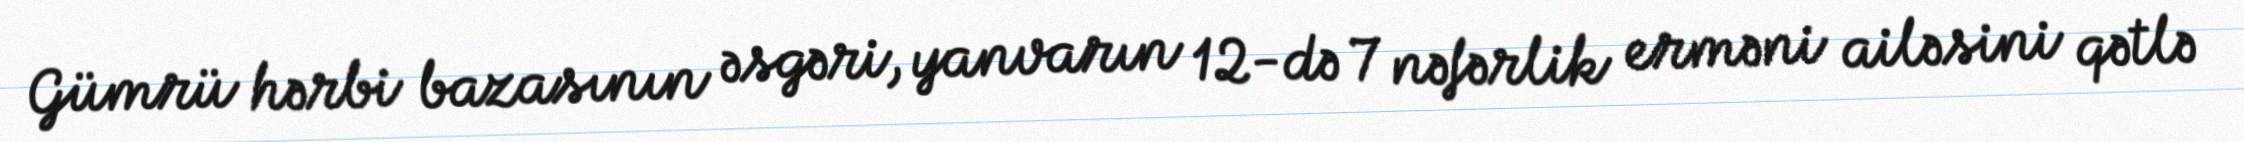
Gümrü hərbi bazasının əsgəri, yanvarın 12-də 7 nəfərlik erməni ailəsini qətlə